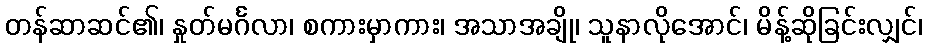
တန်ဆာဆင်၏၊ နှုတ်မင်္ဂလာ၊ စကားမှာကား၊ အသာအချို၊ သူနာလိုအောင်၊ မိန့်ဆိုခြင်းလျှင်၊